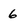
Character: 6